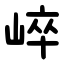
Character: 崪